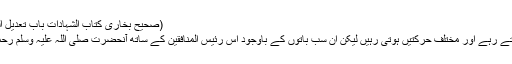
(صحیح بخاری کتاب الشہادات باب تعدیل النساء بعضہن بعضاحدیث نمبر2661)
تو یہ معاملہ ختم ہوا اور یہ الزامات لگتے رہے اور مختلف حرکتیں ہوتی رہیں لیکن ان سب باتوں کے باوجود اس رئیس المنافقین کے ساتھ آنحضرت صلی اللہ علیہ وسلم رحمةٌ للعالمین کا جو سلوک تھا وہ کیا تھا؟